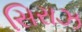
સિરાઝ